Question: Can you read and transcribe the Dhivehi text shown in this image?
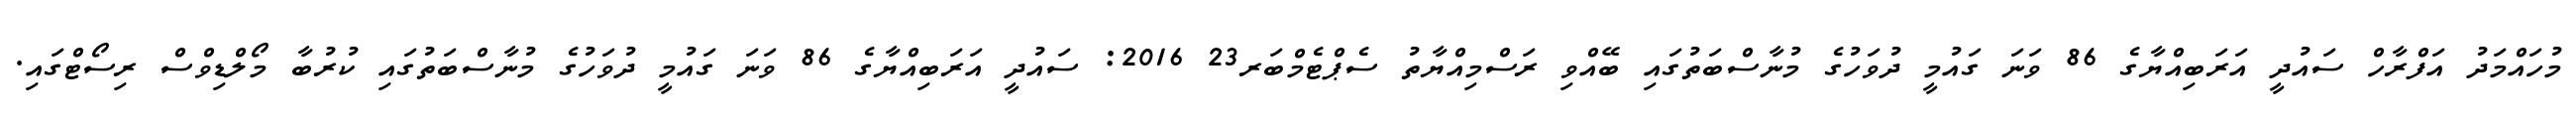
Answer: މުހައްމަދު އަފްރާހް ސައުދީ އަރަބިއްޔާގެ 86 ވަނަ ގައުމީ ދުވަހުގެ މުނާސްބަތުގައި ބޭއްވި ރަސްމިއްޔާތު ސެޕްޓެމްބަރ23 2016: ސައުދީ އަރަބިއްޔާގެ 86 ވަނަ ގައުމީ ދުވަހުގެ މުނާސްބަތުގައި ކުރުބާ މޯލްޑިވްސް ރިސޯޓްގައި.